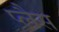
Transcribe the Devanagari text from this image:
प्लैस